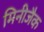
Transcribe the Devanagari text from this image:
मिनीजैक